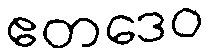
ဧတဒေဝ